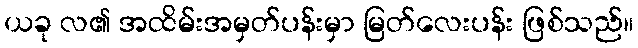
ယခု လ၏ အထိမ်းအမှတ်ပန်းမှာ မြတ်လေးပန်း ဖြစ်သည်။